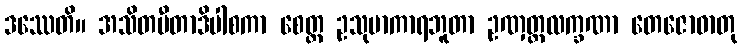
ဒဿေတိ။ အသိတပီတာဒိပါစကာ စေတ္ထ ဥသုမာကာရဘူတာ ဥဏှတ္တလက္ခဏာ တေဇောဓာတု